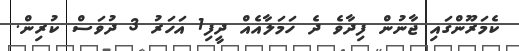
ކެމަރޫންގައި ޖާނުން ފިދާވެ ދެ ހަމަލާއެއް ދީފި1 އަހަރު 3 ދުވަސް ކުރިން.